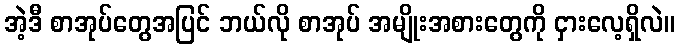
အဲ့ဒီ စာအုပ်တွေအပြင် ဘယ်လို စာအုပ် အမျိုးအစားတွေကို ငှားလေ့ရှိလဲ။